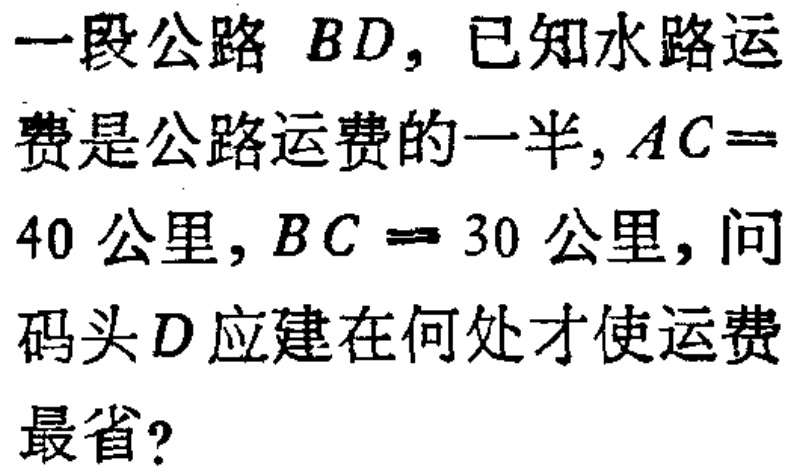
一段公路 \(BD\)，已知水路运

费是公路运费的一半, \(AC = \)

\(40\) 公里, \(BC = 30\) 公里, 问

码头 \(D\) 应建在何处才使运费

最省?